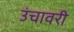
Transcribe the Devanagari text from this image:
उंचावरी